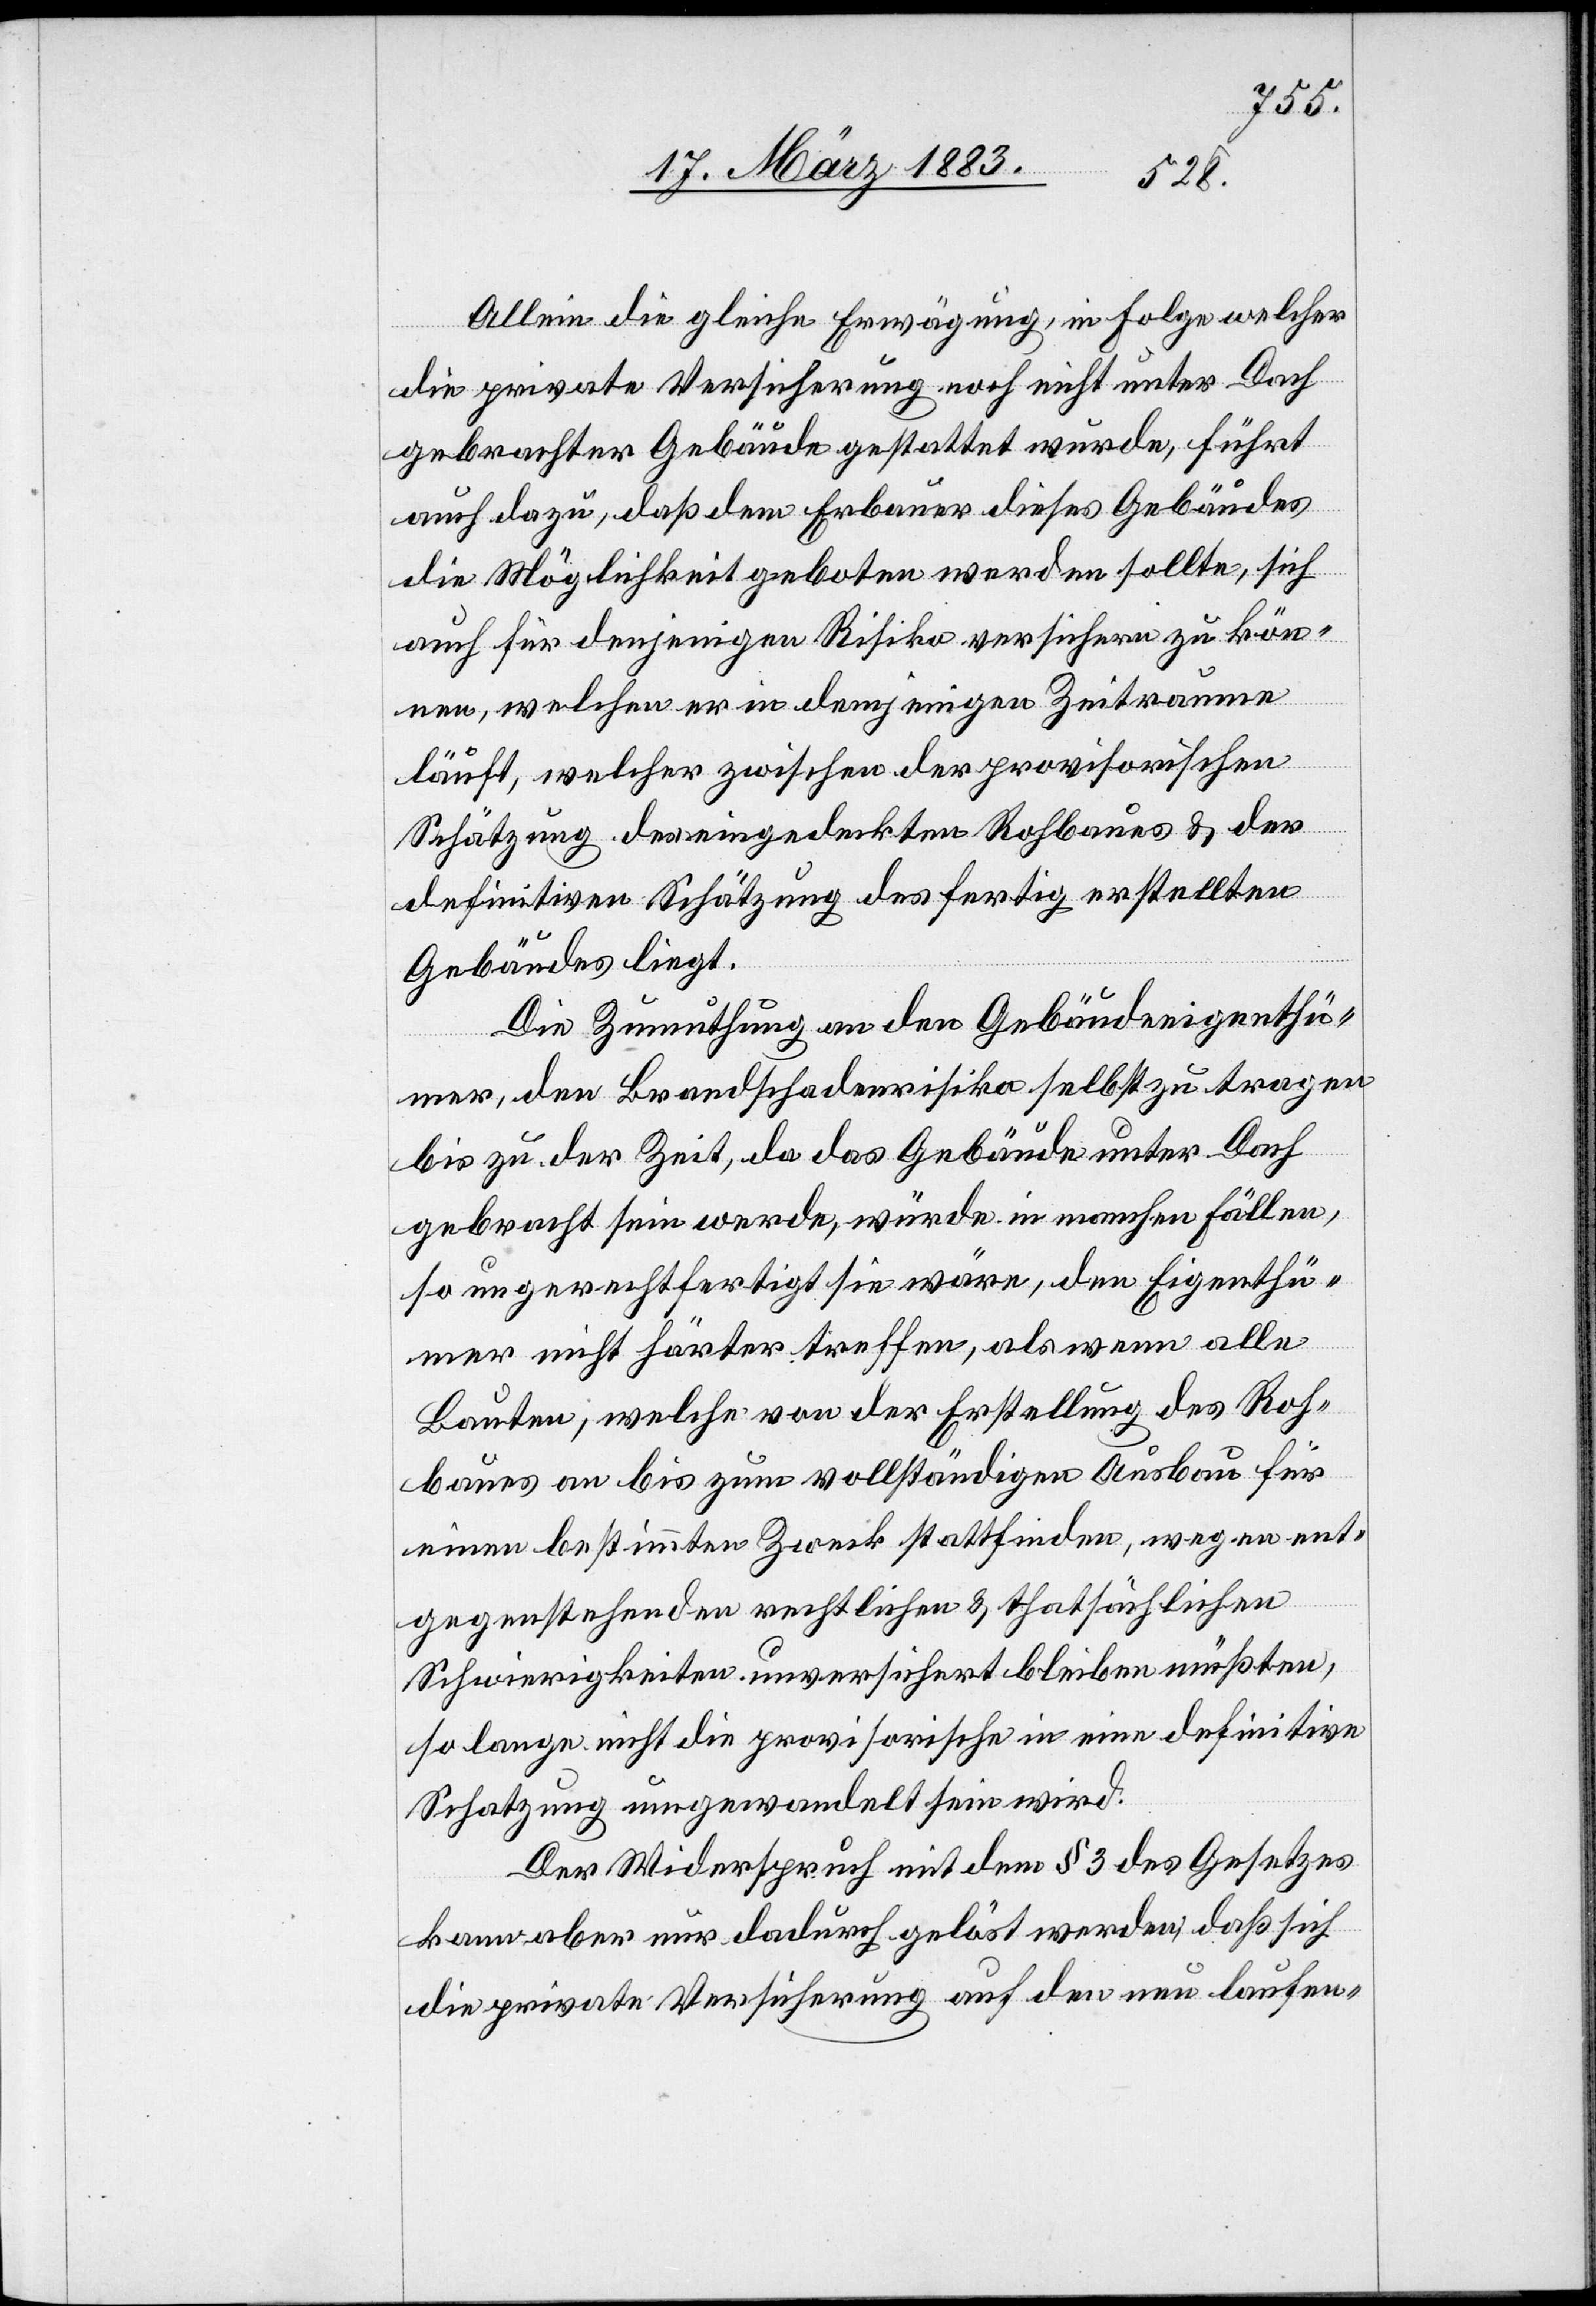
Allein die gleiche Erwägung, in Folge welcher
die private Versicherung noch nicht unter Dach
gebrachter Gebäude gestattet wurde, führt
auch dazu, daß dem Erbauer dieses Gebäudes
die Möglichkeit geboten werden sollte, sich
auch für denjenigen Risiko versichern zu kön¬
nen, welchen er in demjenigen Zeitraume
läuft, welcher zwischen der provisorischen
Schätzung des eingedeckten Rohbaues & der
definitiven Schätzung des fertig erstellten
Gebäudes liegt.
Die Zumuthung an den Gebäudeeigentüh¬
mer, den Brandschadenrisiko selbst zu tragen
bis zu der Zeit, da das Gebäude unter Dach
gebracht sein werde, würde in manchen Fällen,
so ungerechtfertigt sie wäre, den Eigenthü¬
mer nicht härter treffen, als wenn alle
Bauten, welche von der Erstellung des Roh¬
baues an bis zum vollständigen Ausbau für
einen bestimmten Zweck stattfinden, wegen ent¬
gegenstehenden rechtlichen & thatsächlichen
Schwierigkeiten unversichert bleiben müßten,
so lange nicht die provisorische in eine definitive
Schatzung [sic!] umgewandelt sein wird.
Der Widerspruch mit dem § 3 des Gesetzes
kann aber nur dadurch gelöst werden, daß sich
die private Versicherung auf den nun laufend-